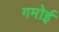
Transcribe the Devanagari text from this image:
गमोई